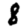
Digit: 8